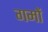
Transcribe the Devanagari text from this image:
गमों